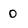
Character: 0